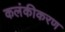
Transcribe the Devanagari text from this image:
कलंकीकरण